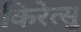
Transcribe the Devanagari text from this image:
किरेत्सु